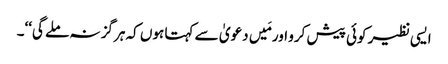
ایسی نظیر کوئی پیش کرو اور مَیں دعویٰ سے کہتا ہوں کہ ہرگز نہ ملے گی‘‘۔